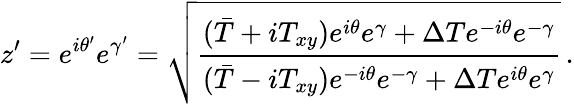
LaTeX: z^{\prime}=e^{i\theta^{\prime}}e^{\gamma^{\prime}}=\sqrt{\frac{(\bar{T}+iT_{xy})e^{i\theta}e^{\gamma}+\Delta Te^{-i\theta}e^{-\gamma}}{(\bar{T}-iT_{xy})e^{-i\theta}e^{-\gamma}+\Delta Te^{i\theta}e^{\gamma}}}\, .